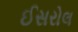
ઈસરોલ